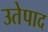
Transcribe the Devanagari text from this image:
उतेपाद